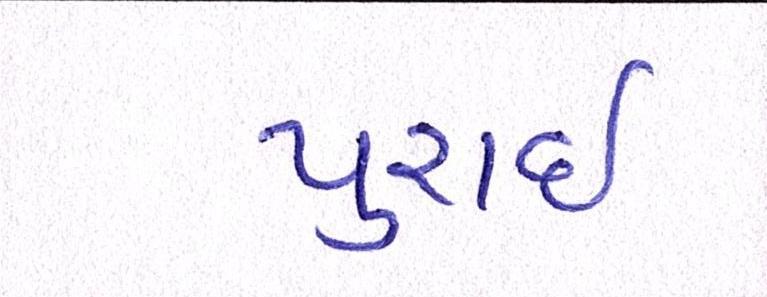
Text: પુરાઈ